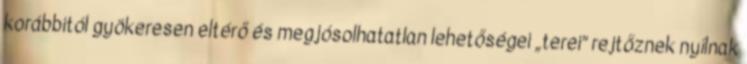
korábbitól gyökeresen eltérő és megjósolhatatlan lehetőségei „terei” rejtőznek nyílnak